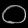
Digit: ၀